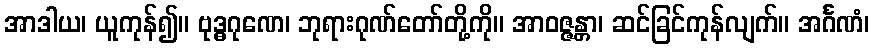
အာဒါယ၊ ယူကုန်၍။ ဗုဒ္ဓဂုဏေ၊ ဘုရားဂုဏ်တော်တို့ကို။ အာဝဇ္ဇန္တာ၊ ဆင်ခြင်ကုန်လျက်။ အင်္ဂဏံ၊